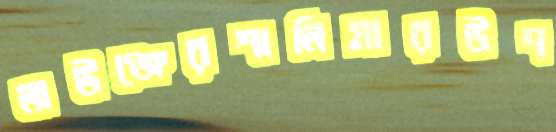
লাউঞ্জেরশালিমারউপ